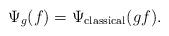
LaTeX: \begin{align*} \Psi_g(f) = \Psi_\mathrm{classical}(g f) .\end{align*}